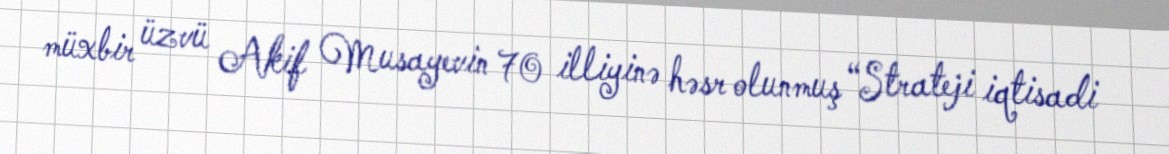
müxbir üzvü Akif Musayevin 70 illiyinə həsr olunmuş “Strateji iqtisadi